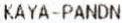
KAYA-PANDN